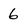
Character: 6